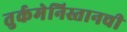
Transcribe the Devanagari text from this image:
तुर्कमेनिस्तानची